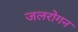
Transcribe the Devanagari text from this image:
जलरोगन